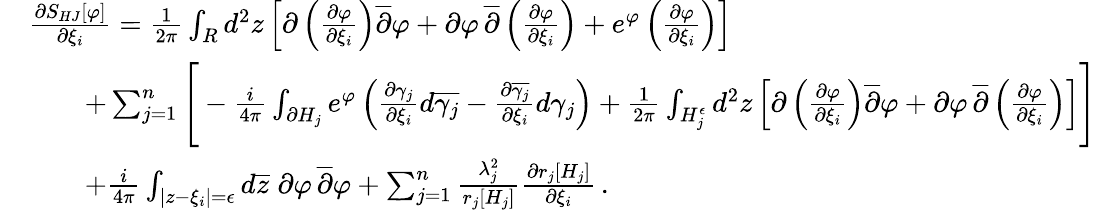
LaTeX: \begin{array}{rl}&{{\frac{\partial S_{HJ}[\varphi]}{\partial\xi_{i}}}={\frac{1}{2\pi}}\int_{R}d^{2}z\left[\partial\left({\frac{\partial\varphi}{\partial\xi_{i}}}\right)\overline{{\partial}}\varphi+\partial\varphi\, \overline{{\partial}}\left({\frac{\partial\varphi}{\partial\xi_{i}}}\right)+e^{\varphi}\left({\frac{\partial\varphi}{\partial\xi_{i}}}\right)\right]}\\ &{\quad\quad+\sum_{j=1}^{n}\Bigg[-{\frac{i}{4\pi}}\int_{\partial H_{j}}e^{\varphi}\left({\frac{\partial\gamma_{j}}{\partial\xi_{i}}}d\overline{{\gamma_{j}}}-{\frac{\partial\overline{{\gamma_{j}}}}{\partial\xi_{i}}}d\gamma_{j}\right)+{\frac{1}{2\pi}}\int_{H_{j}^{\epsilon}}d^{2}z\left[\partial\left({\frac{\partial\varphi}{\partial\xi_{i}}}\right)\overline{{\partial}}\varphi+\partial\varphi\, \overline{{\partial}}\left({\frac{\partial\varphi}{\partial\xi_{i}}}\right)\right]\Bigg]}\\ &{\quad\quad+{\frac{i}{4\pi}}\int_{|z-\xi_{i}|=\epsilon}d\overline{{z}}\; \partial\varphi\, \overline{{\partial}}\varphi+\sum_{j=1}^{n}{\frac{\lambda_{j}^{2}}{r_{j}[H_{j}]}}{\frac{\partial r_{j}[H_{j}]}{\partial\xi_{i}}}\, .}\end{array}